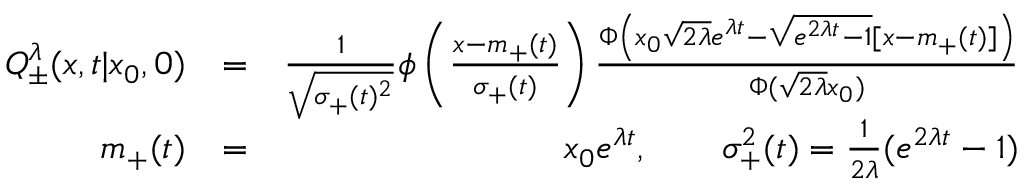
\begin{array} { r l r } { Q _ { \pm } ^ { \lambda } ( x , t | x _ { 0 } , 0 ) } & { = } & { \frac { 1 } { \sqrt { \sigma _ { + } ( t ) ^ { 2 } } } \phi \left( { \frac { x - m _ { + } ( t ) } { \sigma _ { + } ( t ) } } \right) \frac { \Phi \left( x _ { 0 } \sqrt { 2 \lambda } e ^ { \lambda t } - \sqrt { e ^ { 2 \lambda t } - 1 } { [ x - m _ { + } ( t ) ] } \right) } { \Phi ( \sqrt { 2 \lambda } x _ { 0 } ) } } \\ { m _ { + } ( t ) } & { = } & { x _ { 0 } e ^ { \lambda t } , \qquad \sigma _ { + } ^ { 2 } ( t ) = \frac { 1 } { 2 \lambda } ( e ^ { 2 \lambda t } - 1 ) } \end{array}